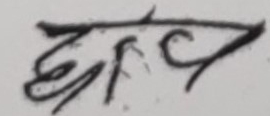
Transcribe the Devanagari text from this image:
छाप